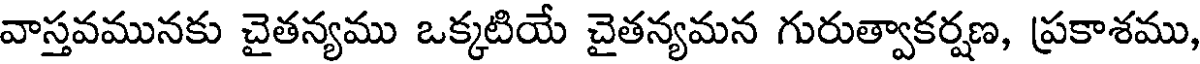
వాస్తవమునకు చైతన్యము ఒక్కటియే చైతన్యమన గురుత్వాకర్షణ, ప్రకాశము,